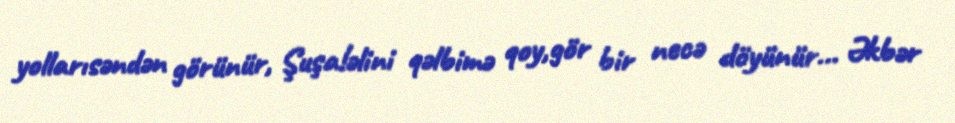
yollarısəndən görünür, Şuşa!əlini qəlbimə qoy,gör bir necə döyünür... Əkbər